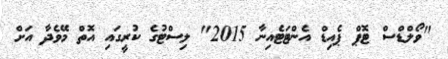
"ވޯލްޑްސް ޓޮޕް ޕެއިޑް އެންޓަޓެއިނާ 2015" ލިސްޓުގެ ކުރީގައި އޮތް މޭވެދާ އަށް